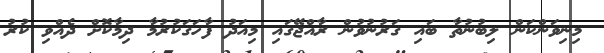
މިނިވަންކަން ލިބުނުތާ ބައި ގަރުނުވުން ރާއްޖޭގައި މިއަދު ފާހަގަކުރުމާ ދިމާކޮށް ދެއްވި ކުރު